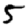
Digit: 5